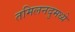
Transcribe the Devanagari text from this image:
तमिलनदुमध्ये